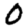
Digit: 0